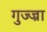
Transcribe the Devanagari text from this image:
गुज्ज्रा